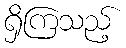
ရှိကြသည့်